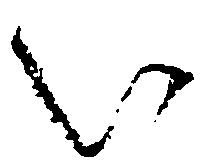
い